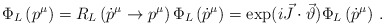
\begin{align*}\Phi _{L}\left( p^{\mu }\right) = R_{L}\left( \dot p^{\mu }\to p^{\mu }\right)\Phi _{L}\left( \dot p^{\mu }\right) =\exp (i\vec{J}\cdot \vec{\vartheta })\Phi _{L}\left( \dot p^{\mu }\right)\, . \end{align*}